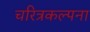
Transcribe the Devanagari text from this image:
चरित्रकल्पना